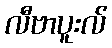
လီဗာပူးလ်